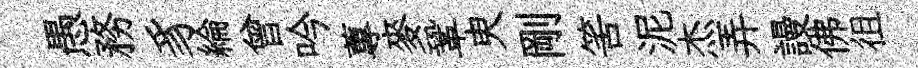
愚務豸綸曾吟蓴麥鞏㬰剛筈泥杰弄謾佛徂